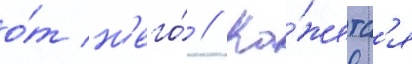
о́т н'его́ // Ка́жетс'я